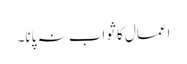
اعمال کا ثواب نہ پانا۔